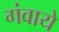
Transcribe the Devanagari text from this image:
गंवाये